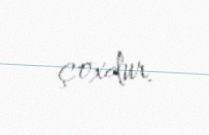
çoxdur.